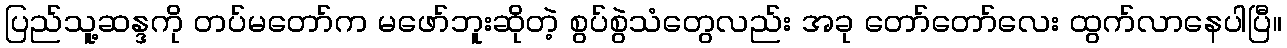
ပြည်သူ့ဆန္ဒကို တပ်မတော်က မဖော်ဘူးဆိုတဲ့ စွပ်စွဲသံတွေလည်း အခု တော်တော်လေး ထွက်လာနေပါပြီ။